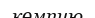
көмпию